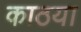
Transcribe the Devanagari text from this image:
काठया